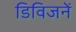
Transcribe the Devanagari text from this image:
डिविजनें